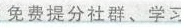
免费提分社群、学习